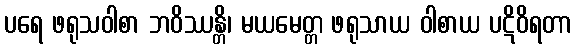
ပရေ ဖရုသဝါစာ ဘဝိဿန္တိ၊ မယမေတ္တ ဖရုသာယ ဝါစာယ ပဋိဝိရတာ